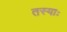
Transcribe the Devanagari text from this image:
तस्याः